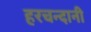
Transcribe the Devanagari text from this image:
हरचन्दानी